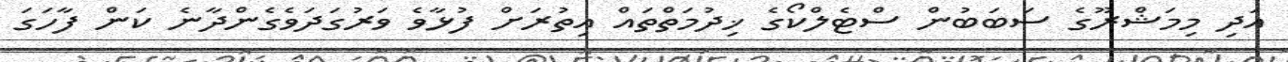
އަދި މިމަޝްރޫގެ ސަބަބުން ސްޓެލްކޯގެ ޚިދުމަތްތައް އިތުރަށް ފުޅާވެ ވަރުގަދަވެގެންދާނެ ކަން ފާހަގަ